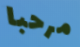
مرحبا